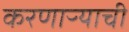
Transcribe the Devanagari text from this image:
करणाऱ्याची